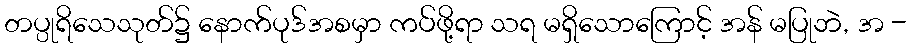
တပ္ပုရိသေသုတ်၌ နောက်ပုဒ်အစမှာ ကပ်ဖို့ရာ သရ မရှိသောကြောင့် အန် မပြုဘဲ, အ -